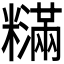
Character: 𬖽